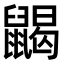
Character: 𪕭